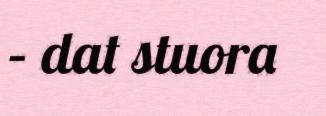
– dat stuora